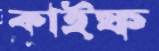
কাইফ